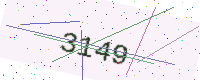
Text: 3149